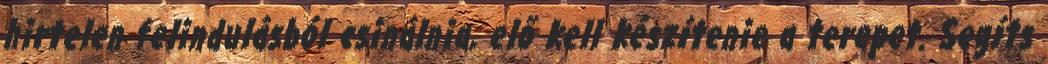
hirtelen felindulásból csinálnia, elő kell készítenie a terepet. Segíts